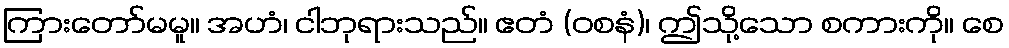
ကြားတော်မမူ။ အဟံ၊ ငါဘုရားသည်။ ဧတံ (ဝစနံ)၊ ဤသို့သော စကားကို။ စေ